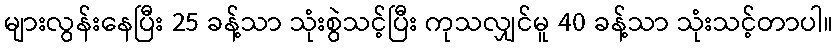
များလွန်းနေပြီး 25 ခန့်သာ သုံးစွဲသင့်ပြီး ကုသလျှင်မူ 40 ခန့်သာ သုံးသင့်တာပါ။